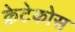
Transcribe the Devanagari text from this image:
क्रेटेकोस